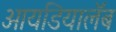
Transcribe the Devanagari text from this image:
आयडियालॅब